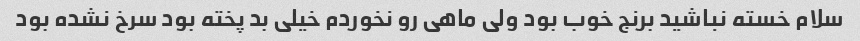
سلام خسته نباشید برنج خوب بود ولی ماهی رو نخوردم خیلی بد پخته بود سرخ نشده بود